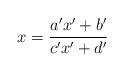
LaTeX: \begin{align*}x=\frac{a'x'+b'}{c'x'+d'}\end{align*}